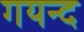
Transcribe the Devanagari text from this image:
गयन्द